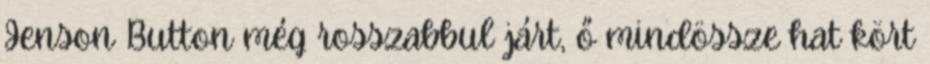
Jenson Button még rosszabbul járt, ő mindössze hat kört